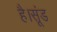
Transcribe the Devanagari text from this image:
है।सूंड